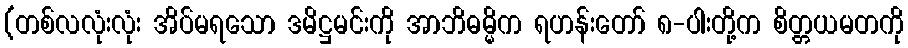
(တစ်လလုံးလုံး အိပ်မရသော ဒမိဋ္ဌမင်းကို အာဘိဓမ္မိက ရဟန်းတော် ၈-ပါးတို့က စိတ္တယမတကို